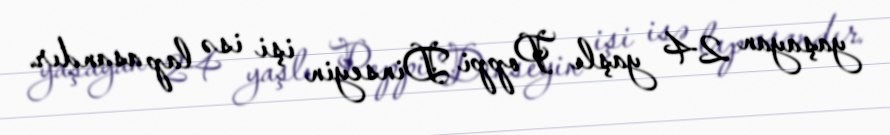
yaşayan 24 yaşlı Poppi Dinseyin işi isə lap asandır.